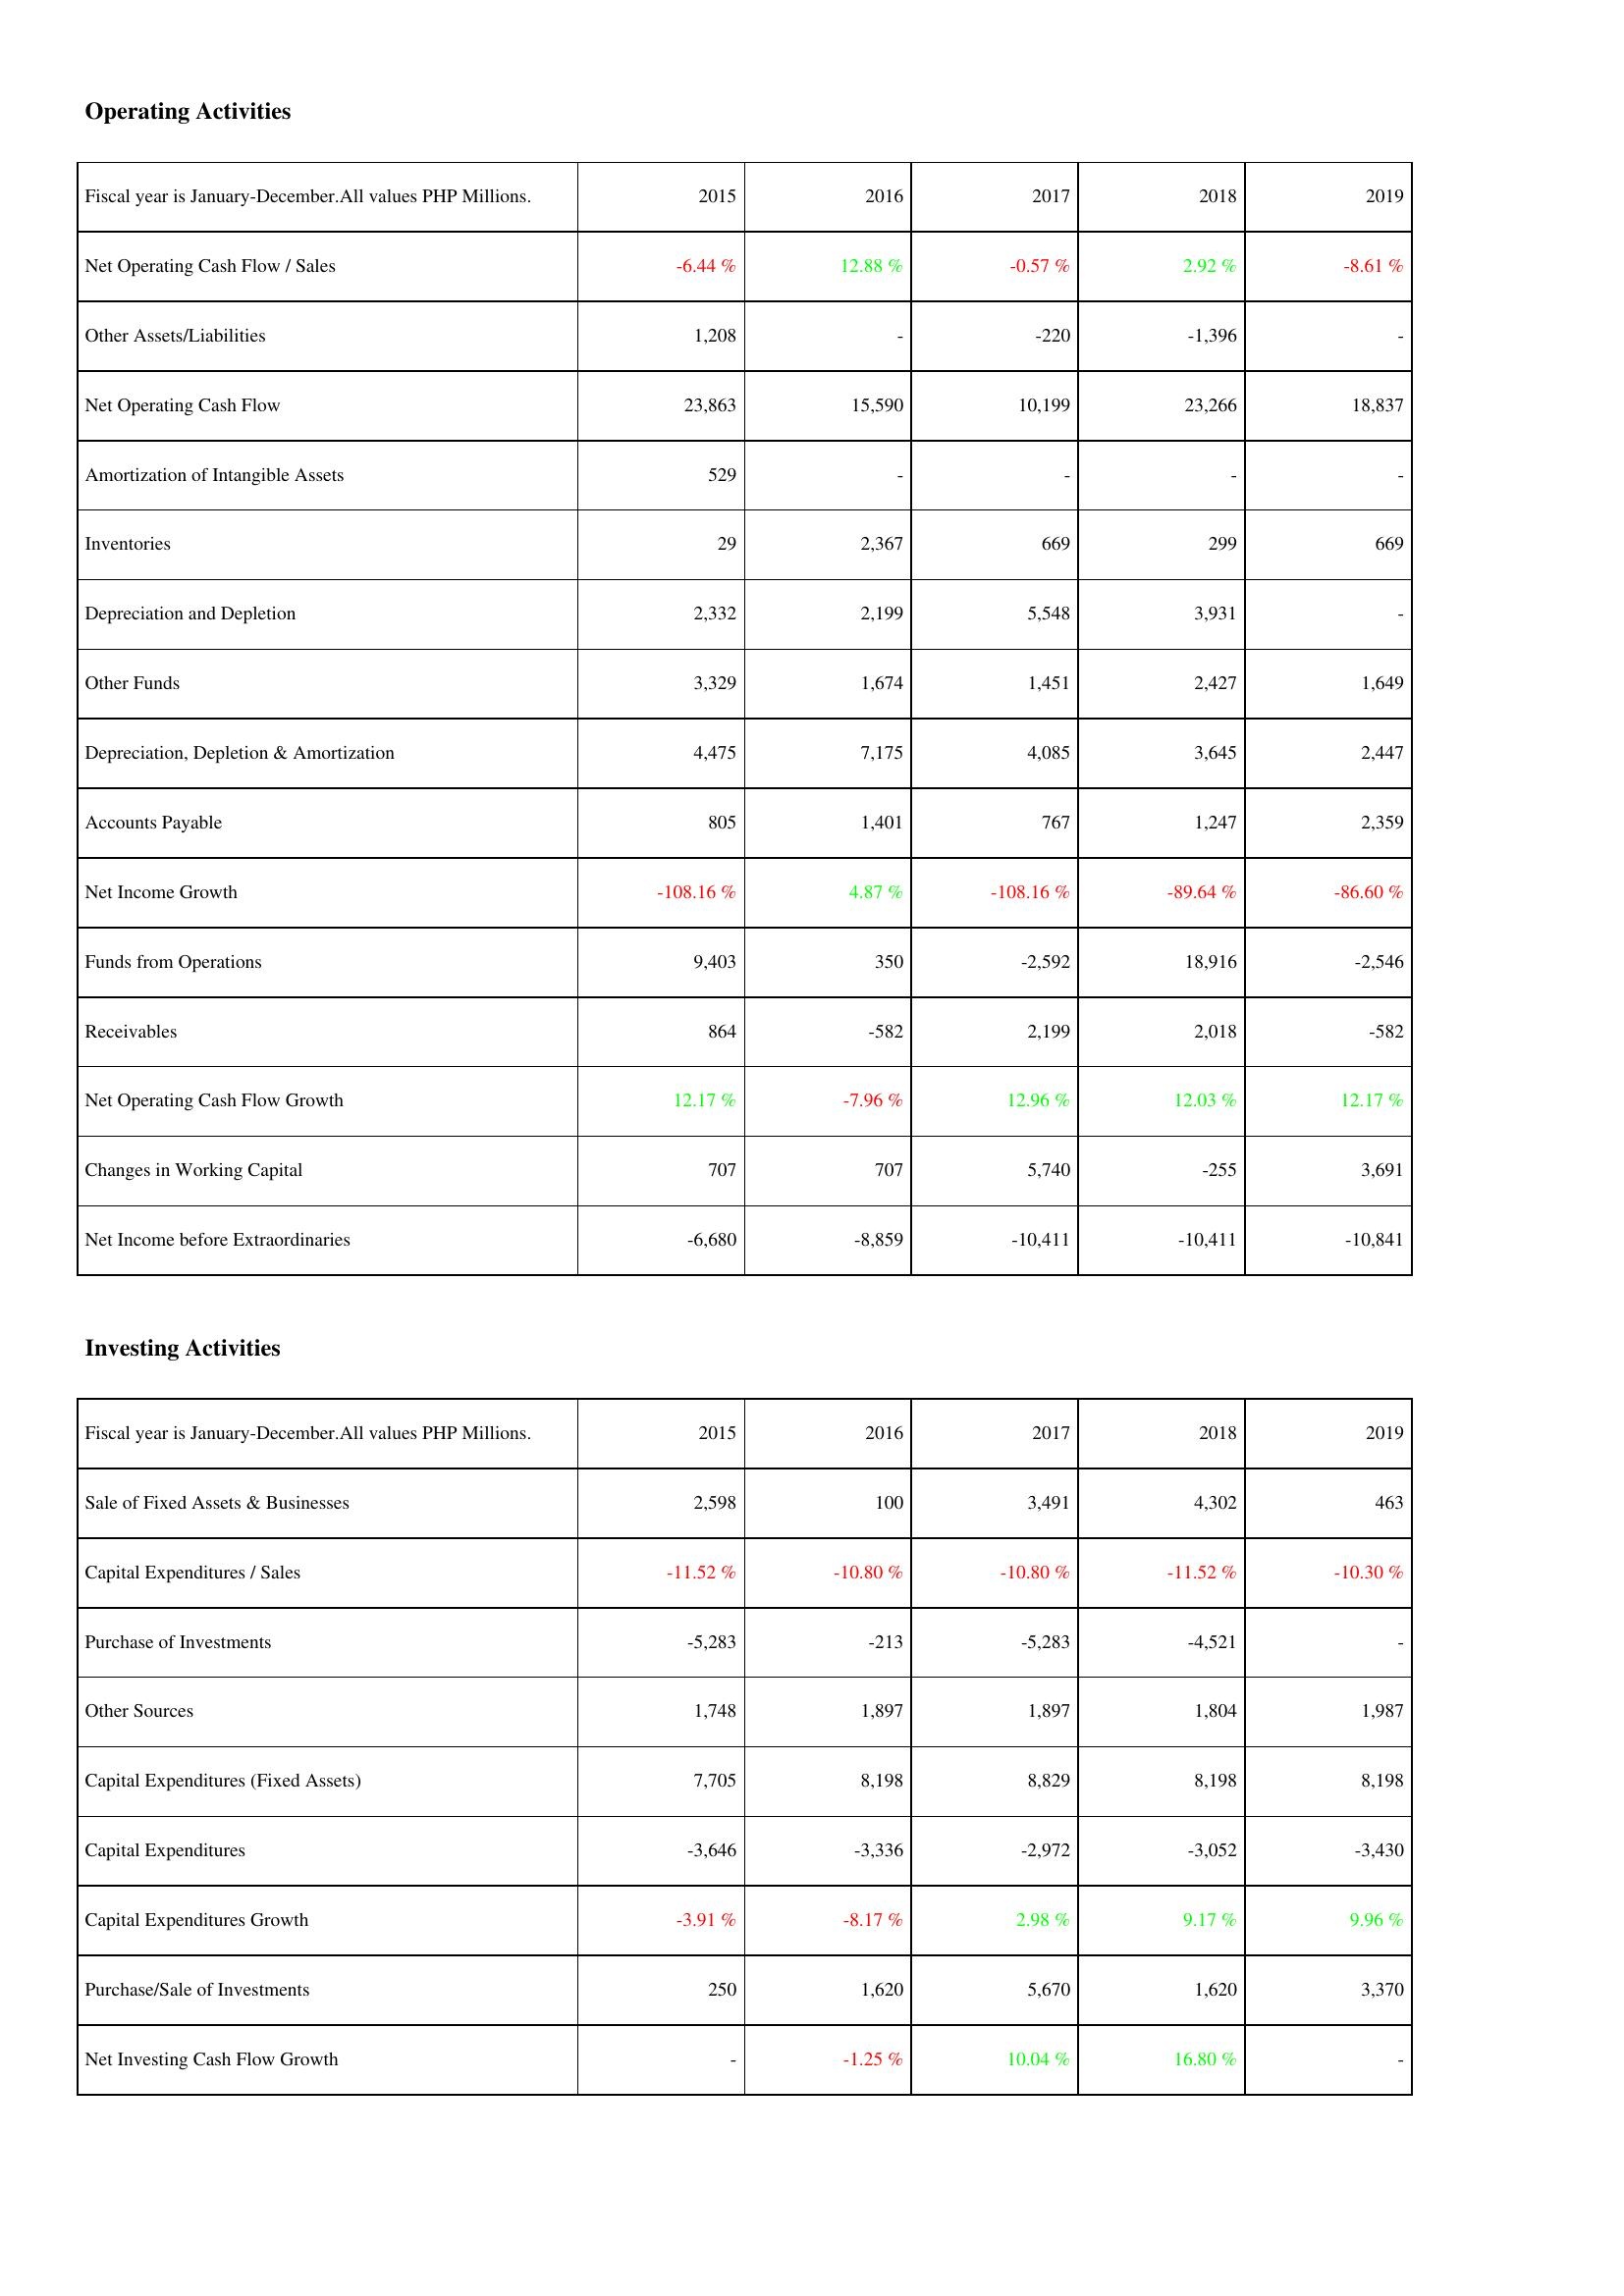
2015: Operating Activities: Net Operating Cash Flow / Sales: -6.44 %
Other Assets/Liabilities: 1,208
Net Operating Cash Flow: 23,863
Amortization of Intangible Assets: 529
Inventories: 29
Depreciation and Depletion: 2,332
Other Funds: 3,329
Depreciation, Depletion & Amortization: 4,475
Accounts Payable: 805
Net Income Growth: -108.16 %
Funds from Operations: 9,403
Receivables: 864
Net Operating Cash Flow Growth: 12.17 %
Changes in Working Capital: 707
Net Income before Extraordinaries: -6,680
Investing Activities: Sale of Fixed Assets & Businesses: 2,598
Capital Expenditures / Sales: -11.52 %
Purchase of Investments: -5,283
Other Sources: 1,748
Capital Expenditures (Fixed Assets): 7,705
Capital Expenditures: -3,646
Capital Expenditures Growth: -3.91 %
Purchase/Sale of Investments: 250
Net Investing Cash Flow Growth: -
2016: Operating Activities: Net Operating Cash Flow / Sales: 12.88 %
Other Assets/Liabilities: -
Net Operating Cash Flow: 15,590
Amortization of Intangible Assets: -
Inventories: 2,367
Depreciation and Depletion: 2,199
Other Funds: 1,674
Depreciation, Depletion & Amortization: 7,175
Accounts Payable: 1,401
Net Income Growth: 4.87 %
Funds from Operations: 350
Receivables: -582
Net Operating Cash Flow Growth: -7.96 %
Changes in Working Capital: 707
Net Income before Extraordinaries: -8,859
Investing Activities: Sale of Fixed Assets & Businesses: 100
Capital Expenditures / Sales: -10.80 %
Purchase of Investments: -213
Other Sources: 1,897
Capital Expenditures (Fixed Assets): 8,198
Capital Expenditures: -3,336
Capital Expenditures Growth: -8.17 %
Purchase/Sale of Investments: 1,620
Net Investing Cash Flow Growth: -1.25 %
2017: Operating Activities: Net Operating Cash Flow / Sales: -0.57 %
Other Assets/Liabilities: -220
Net Operating Cash Flow: 10,199
Amortization of Intangible Assets: -
Inventories: 669
Depreciation and Depletion: 5,548
Other Funds: 1,451
Depreciation, Depletion & Amortization: 4,085
Accounts Payable: 767
Net Income Growth: -108.16 %
Funds from Operations: -2,592
Receivables: 2,199
Net Operating Cash Flow Growth: 12.96 %
Changes in Working Capital: 5,740
Net Income before Extraordinaries: -10,411
Investing Activities: Sale of Fixed Assets & Businesses: 3,491
Capital Expenditures / Sales: -10.80 %
Purchase of Investments: -5,283
Other Sources: 1,897
Capital Expenditures (Fixed Assets): 8,829
Capital Expenditures: -2,972
Capital Expenditures Growth: 2.98 %
Purchase/Sale of Investments: 5,670
Net Investing Cash Flow Growth: 10.04 %
2018: Operating Activities: Net Operating Cash Flow / Sales: 2.92 %
Other Assets/Liabilities: -1,396
Net Operating Cash Flow: 23,266
Amortization of Intangible Assets: -
Inventories: 299
Depreciation and Depletion: 3,931
Other Funds: 2,427
Depreciation, Depletion & Amortization: 3,645
Accounts Payable: 1,247
Net Income Growth: -89.64 %
Funds from Operations: 18,916
Receivables: 2,018
Net Operating Cash Flow Growth: 12.03 %
Changes in Working Capital: -255
Net Income before Extraordinaries: -10,411
Investing Activities: Sale of Fixed Assets & Businesses: 4,302
Capital Expenditures / Sales: -11.52 %
Purchase of Investments: -4,521
Other Sources: 1,804
Capital Expenditures (Fixed Assets): 8,198
Capital Expenditures: -3,052
Capital Expenditures Growth: 9.17 %
Purchase/Sale of Investments: 1,620
Net Investing Cash Flow Growth: 16.80 %
2019: Operating Activities: Net Operating Cash Flow / Sales: -8.61 %
Other Assets/Liabilities: -
Net Operating Cash Flow: 18,837
Amortization of Intangible Assets: -
Inventories: 669
Depreciation and Depletion: -
Other Funds: 1,649
Depreciation, Depletion & Amortization: 2,447
Accounts Payable: 2,359
Net Income Growth: -86.60 %
Funds from Operations: -2,546
Receivables: -582
Net Operating Cash Flow Growth: 12.17 %
Changes in Working Capital: 3,691
Net Income before Extraordinaries: -10,841
Investing Activities: Sale of Fixed Assets & Businesses: 463
Capital Expenditures / Sales: -10.30 %
Purchase of Investments: -
Other Sources: 1,987
Capital Expenditures (Fixed Assets): 8,198
Capital Expenditures: -3,430
Capital Expenditures Growth: 9.96 %
Purchase/Sale of Investments: 3,370
Net Investing Cash Flow Growth: -